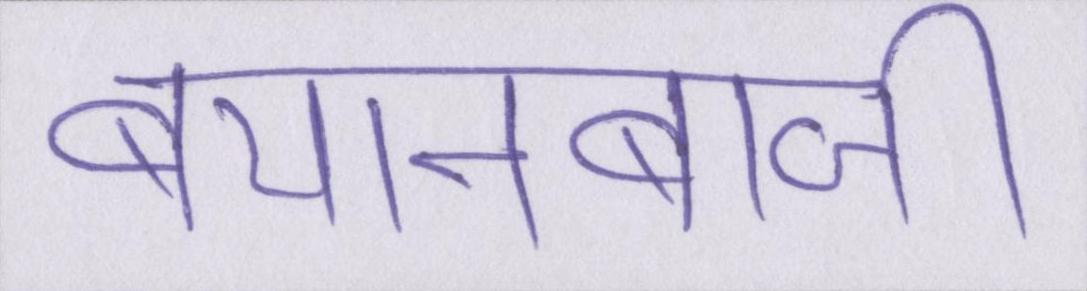
बयानबाजी